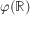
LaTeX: \varphi ( \mathbb { R } )